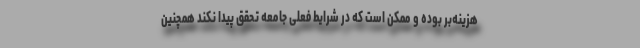
هزینه‌بر بوده و ممکن است که در شرایط فعلی جامعه تحقق پیدا ‌نکند همچنین